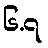
၆.၇